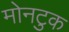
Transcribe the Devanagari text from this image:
मोनटुक